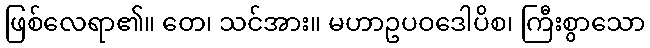
ဖြစ်လေရာ၏။ တေ၊ သင်အား။ မဟာဥပဝဒေါပိစ၊ ကြီးစွာသော